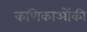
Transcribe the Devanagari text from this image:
कणिकाओंकी